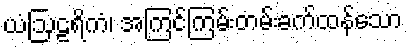
ယံဩဠရိကံ၊ အကြင်ကြမ်းတမ်းခက်ထန်သော